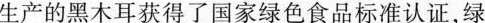
生产的黑木耳获得了国家绿色食品标准认证，绿